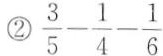
②$$\frac { 3 } { 5 } - \frac { 1 } { 4 } - \frac { 1 } { \frac { 6 } { 3 } }$$